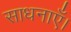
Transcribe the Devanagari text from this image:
साधनाएँ।